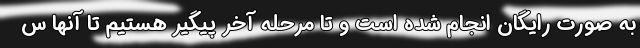
به صورت رایگان انجام شده است و تا مرحله آخر پیگیر هستیم تا آنها س